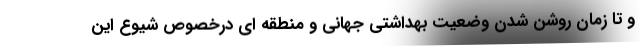
و تا زمان روشن شدن وضعیت بهداشتی جهانی و منطقه ای درخصوص شیوع این